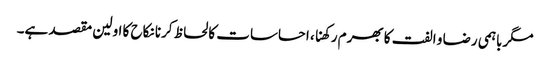
مگرباہمی رضا و الفت کا بھرم رکھنا، احساسات کا لحاظ کرنا نکاح کا اولین مقصد ہے۔